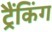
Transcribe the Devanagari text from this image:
ट्रैंकिंग